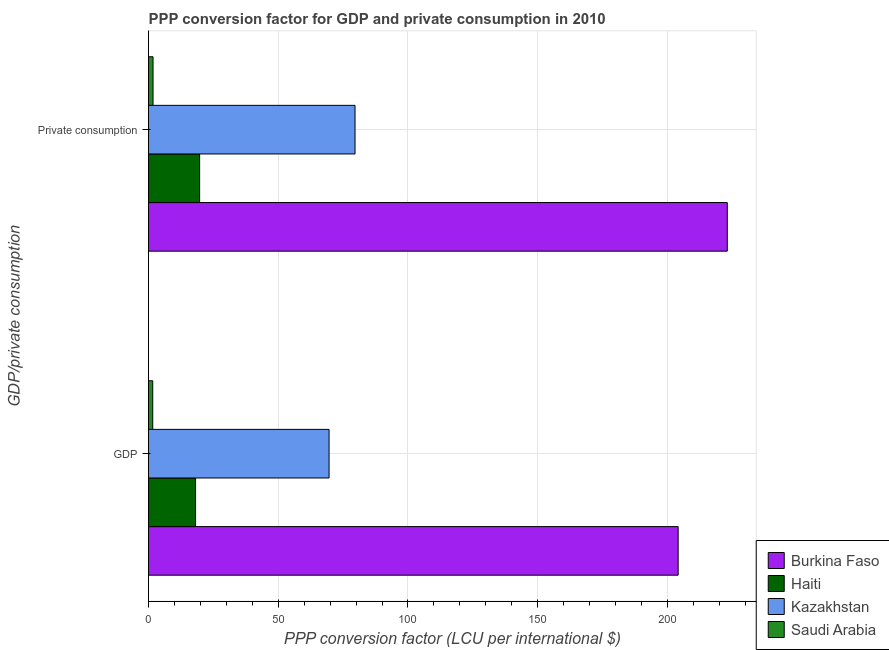
| GDP/private consumption | Burkina Faso | Haiti | Kazakhstan | Saudi Arabia |
 | --- | --- | --- | --- | --- |
 | GDP | 204 | 18.1 | 69.6 | 1.62 |
 |  Private consumption | 223 | 19.7 | 79.6 | 1.74 |